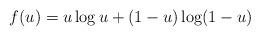
LaTeX: \begin{align*}f(u)=u\log u+(1-u)\log(1-u) \end{align*}